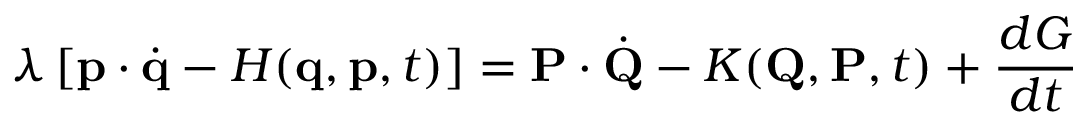
\lambda \left[ \mathbf { p } \cdot { \dot { \mathbf { q } } } - H ( \mathbf { q } , \mathbf { p } , t ) \right] = \mathbf { P } \cdot { \dot { \mathbf { Q } } } - K ( \mathbf { Q } , \mathbf { P } , t ) + { \frac { d G } { d t } }